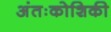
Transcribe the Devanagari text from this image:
अंतःकोशिकी